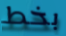
بخط